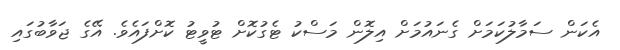
އެކަން ސަމާލުކަމަށް ގެނައުމަށް އިލޮން މަސްކު ޓެގުކޮށް ޓުވީޓު ކޮށްފައެވެ. އޭގެ ޖަވާބުގައި